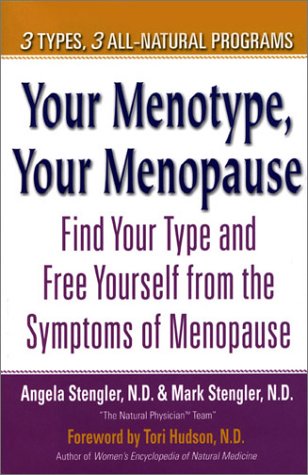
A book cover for Your Menotype, Your Menopause: Find Your Type and Free Yourself from the Symptoms of Menopause; Angela Stengler; Health, Fitness & Dieting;